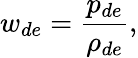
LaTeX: w_{de}=\frac{p_{de}}{\rho_{de}},